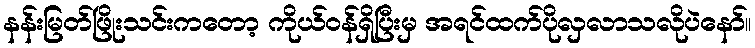
နန်းမြတ်ဖြိုးသင်းကတော့ ကိုယ်ဝန်ရှိပြီးမှ အရင်ထက်ပိုလှလာသလိုပဲနော်။